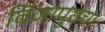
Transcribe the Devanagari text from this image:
विजापुराचा